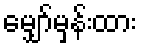
မျှော်မှန်းထား